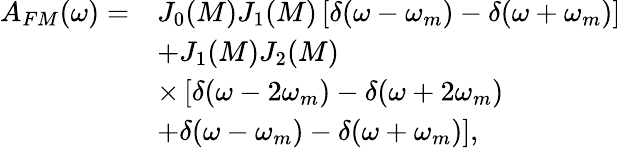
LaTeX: \begin{array}{rl}{A_{FM}(\omega)=}&{J_{0}(M)J_{1}(M)\left[\delta(\omega-\omega_{m})-\delta(\omega+\omega_{m})\right]}\\ &{+J_{1}(M)J_{2}(M)}\\ &{\times\left[\delta(\omega-2\omega_{m})-\delta(\omega+2\omega_{m})\right.}\\ &{\left.+\delta(\omega-\omega_{m})-\delta(\omega+\omega_{m})\right],}\end{array}